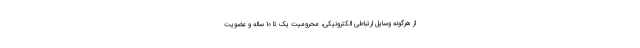
از هرگونه وسایل ارتباطی الکترونیکی، محرومیت یک تا ۱۰ ساله و عضویت